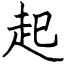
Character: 起